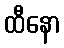
ထီနော